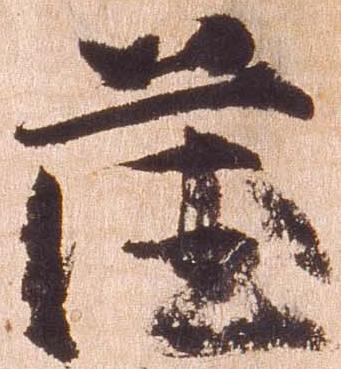
薩